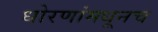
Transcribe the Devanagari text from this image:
धोरणांमधूनच